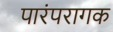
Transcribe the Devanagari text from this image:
पारंपरागक